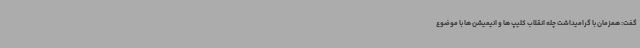
گفت: همزمان با گرامیداشت چله انقلاب کلیپ ها و انیمیشن ها با موضوع